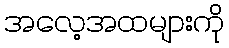
အလေ့အထများကို